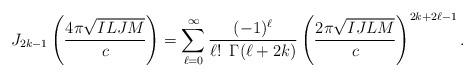
LaTeX: \begin{align*} J_{2k-1}\left(\frac{4\pi \sqrt{ILJM}}{c}\right)=\sum_{\ell=0}^{\infty}\frac{(-1)^\ell}{\ell! \,\ \Gamma(\ell+2k)}\left( \frac{2\pi \sqrt{IJLM}}{c}\right)^{2k+2\ell-1}.\end{align*}